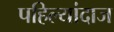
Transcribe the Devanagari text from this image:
पहिल्यांदाज